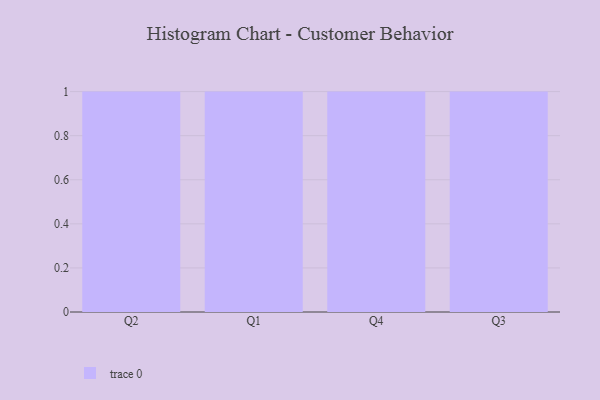
{"axis": {"x": "Quarter", "y": "Page Views"}, "legend": [""], "data": [{"x": "Q2", "y": 83, "type": ""}, {"x": "Q1", "y": 53, "type": ""}, {"x": "Q4", "y": 68, "type": ""}, {"x": "Q3", "y": 90, "type": ""}]}